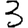
Digit: 3